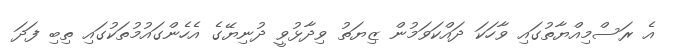
އެ ރަސްމިއްޔާތުގައި ވާހަކަ ދައްކަވަމުން ޒިޔަތު ވިދާޅުވީ ދުނިޔޭގެ އެހެންގައުމުތަކުގައި ތިބި ފަދަ